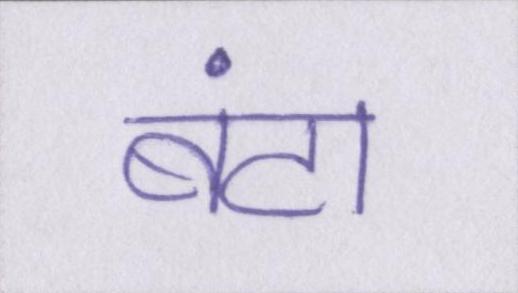
बंटा